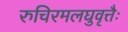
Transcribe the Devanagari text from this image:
रुचिरमलघुवृत्तैः